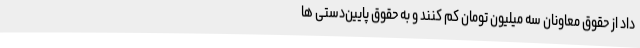
داد از حقوق معاونان سه میلیون تومان کم کنند و به حقوق پایین‌دستی ها